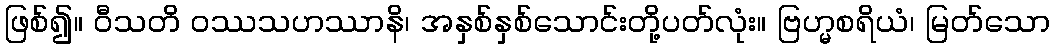
ဖြစ်၍။ ဝီသတိ ဝဿသဟဿာနိ၊ အနှစ်နှစ်သောင်းတို့ပတ်လုံး။ ဗြဟ္မစရိယံ၊ မြတ်သော